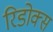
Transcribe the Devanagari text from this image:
रिडोक्स